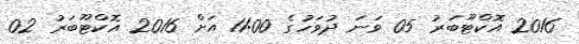
2016 އޮކްޓޫބަރު 05 ވަނަ ދުވަހުގެ 11:00 އަށް 2016 އޮކްޓޫބަރު 02